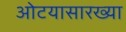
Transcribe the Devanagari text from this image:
ओटयासारख्या